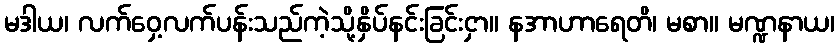
မဒါယ၊ လက်ဝှေ့လက်ပန်းသည်ကဲ့သို့နှိပ်နင်းခြင်းငှာ။ နအာဟာရေတိ၊ မစာ။ မဏ္ဍနာယ၊